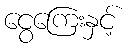
ငွေကြေးနှင့်